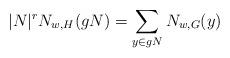
LaTeX: \begin{align*}|N|^{r}N_{w,H}(gN)=\sum_{y\in gN}N_{w,G}(y)\end{align*}